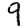
Digit: 9